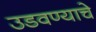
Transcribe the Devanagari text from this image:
उडवण्याचे